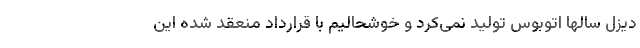
دیزل سالها اتوبوس تولید نمی‌کرد و خوشحالیم با قرارداد منعقد شده این